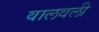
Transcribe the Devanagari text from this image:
वालवली